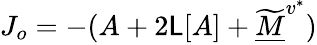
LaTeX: J_{o}=-(A+2\mathsf{L}[A]+\widetilde{{\underline{{M}}}}^{v^{*}})